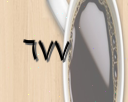
٦٧٧